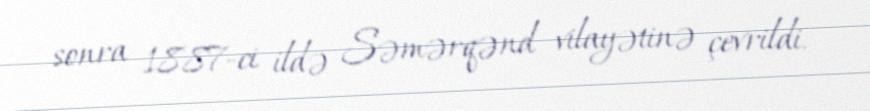
sonra 1887-ci ildə Səmərqənd vilayətinə çevrildi.